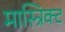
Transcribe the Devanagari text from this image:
मास्त्रिक्ट